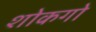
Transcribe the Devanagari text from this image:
शोकगो